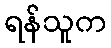
ရန်သူက